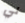
لي